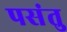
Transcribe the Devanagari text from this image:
पसंतु